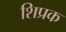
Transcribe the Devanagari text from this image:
शिप्रक